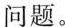
问题。